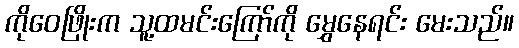
ကိုဝေဖြိုးက သူ့ထမင်းကြော်ကို မွှေနေရင်း မေးသည်။